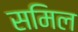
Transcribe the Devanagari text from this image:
समिल